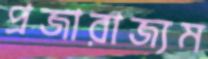
প্রজারাজ্যম